Problem: 6 × 4 = ?
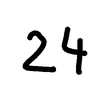
Handwritten answer: 24